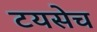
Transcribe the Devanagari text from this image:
टयसेच